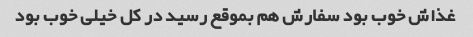
غذاش خوب بود سفارش هم بموقع رسید در کل خیلی خوب بود